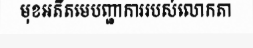
មុខអតីតមេបញ្ជាការរបស់លោកតា